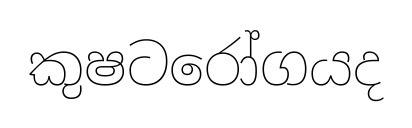
කුෂටරෝගයද